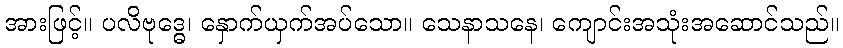
အားဖြင့်။ ပလိဗုဒ္ဓေ၊ နှောက်ယှက်အပ်သော။ သေနာသနေ၊ ကျောင်းအသုံးအဆောင်သည်။